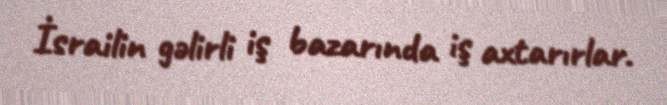
İsrailin gəlirli iş bazarında iş axtarırlar.